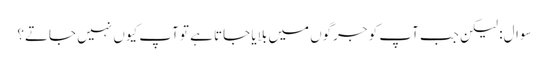
سوال: لیکن جب آپ کو جرگوں میں بلایا جاتا ہے تو آپ کیوں نہیں جاتے؟